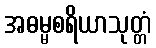
အဓမ္မစရိယာသုတ္တံ